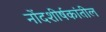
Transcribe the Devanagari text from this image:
नोंदशीर्षकांतील